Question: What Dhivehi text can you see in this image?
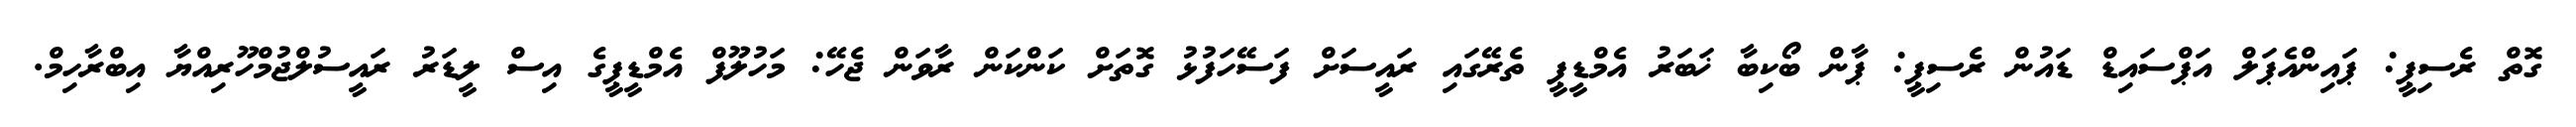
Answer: ގޮތް ރެސިޕީ: ޕައިންއެޕަލް އަޕްސައިޑް ޑައުން ރެސިޕީ: ޕާން ބޯކިބާ ޚަބަރު އެމްޑީޕީ ތެރޭގައި ރައީސަށް ފަސޭހަފުޅު ގޮތަށް ކަންކަން ރާވަން ޖެހޭ: މަހުލޫފް އެމްޑީޕީގެ އިސް ލީޑަރު ރައީސުލްޖުމްހޫރިއްޔާ އިބްރާހިމް.